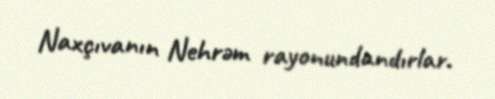
Naxçıvanın Nehrəm rayonundandırlar.